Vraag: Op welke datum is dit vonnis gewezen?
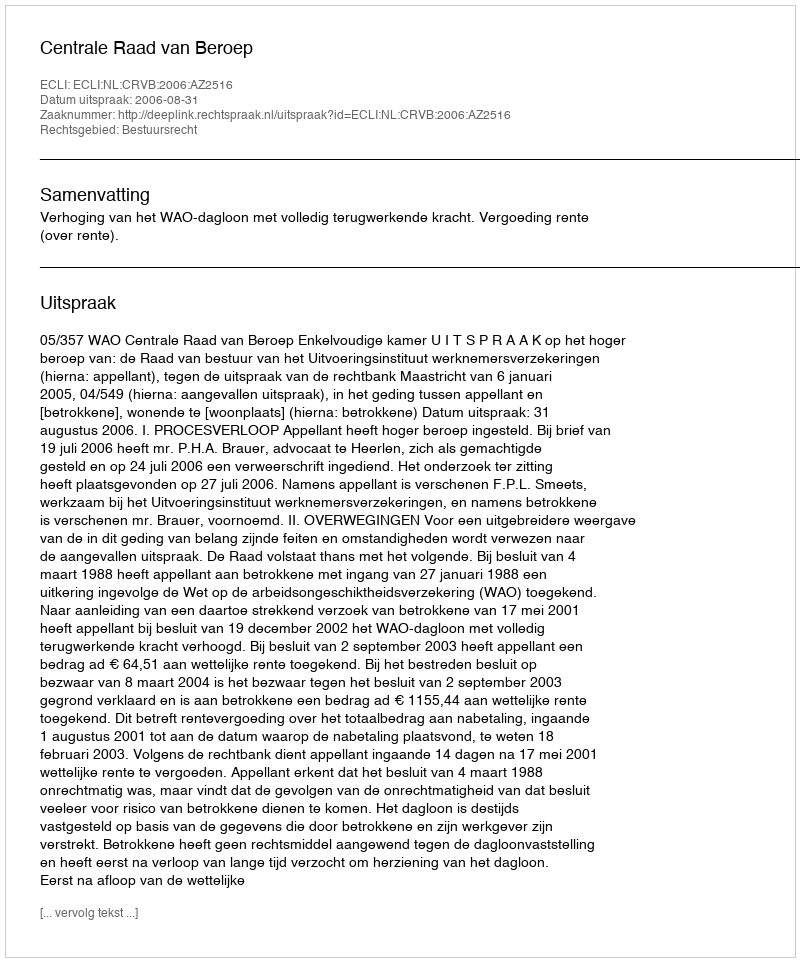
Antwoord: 2006-08-31